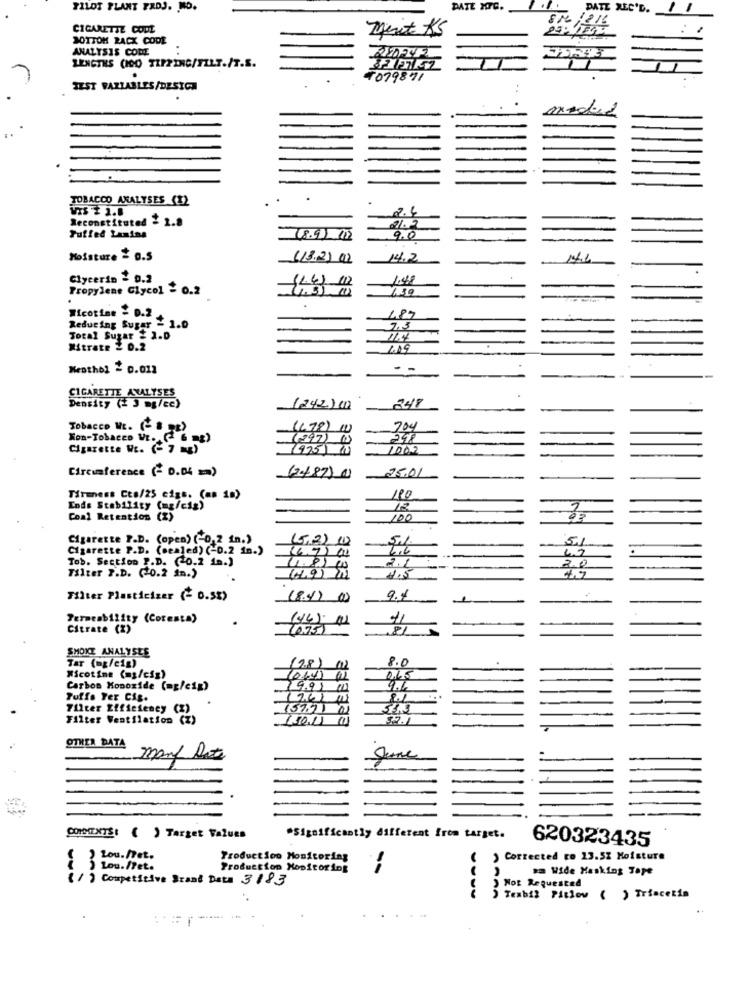
PILOT PLANT FRDJ. NO.
DATE MITG.
DATE REC'D.
CIGARETTE COOL
216
BOTTOM RACK CODE
ANALYSIS CODE
220-242
1079871
TEST FAZLABLES/DESIGN
madrid
TOBACCO ANALYSES (1)
.
WIS T 1.8
2.4
Reconstituted & 1.8
Puffed Lamina
9,0
Moisture = 0.5
(13.25 1)
14.2
Glycerin = 0.2
1.48
Propylene Glycol - 0.2
Wicotine = D.2
1.87
Reducing Sugar
7.5
Total Sugar 2 2.0
11.4
Nitrate 2 0.2
1.09
Menthol = 0.012
- -
-
CIGARETTE ANALYSES
Density (2 3 mg/ce)
(242) (1)
Tobacco WE. (- 8 E)
(478)
704
Non-TobacED WE. ( 6 mg)
248
Cigarette WE. - 7 2)
(9751 (1)
Circumference (- 0.04 =)
25.01
(248) )
Tirmess Cto/25 cigs. (as 10)
180
Ends Stability (mg/cig)
18
Coal Retention
100
Cigarette P.D. (open) (-0,2 in.)
51
Cigarette P.D. (oealed) (-0.2 in.)
(6,72011
5,1
47
Tob. Section P.D. (0.2 in.)
2.0
(4.9) 11
2.1
Filter P.D. (+0.2 in.)
2.5
Filter Plasticizer (- 0.5%)
(8.4) ()
9.4
Permeability (Cocenta)
(44) 11
Citrate (2)
SMOKE ANALYSES
8.0
Tar (mg/cig)
(78) (1)
Nicotine (mg/cig)
(064) 01
Carbon Monoxide (mg/cig)
19.91
9.6
Puffs Yer Cig.
(26) 01
Filter Efficiency (X)
(57.91 01
Filter Ventilation (Z)
3.2.1
OTHER DATA
many Date
CORDEENTS: ( ) Target Values
*Significantly different from target.
620323435
Lou.Det.
Production Monitoring
> Corrected ro 13.58 Moisture
Lou. /Pet.
Production Monitoring
2
am Wide Masking Tape
(/) Competitive Brand Data 3183
) Not Requested
) Texbil Pitlow ( ) Triacetin